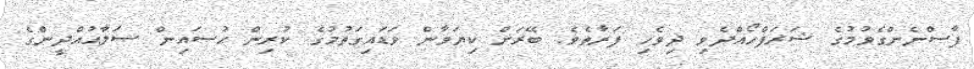
ފާސްނެންގެވުމުގެ ޝަރަފްހޯއްދެވި ދިވެހި ފަރާތެވެ. ބޭރަށް ކިޔަވާން ވަޑައިގަތުމުގެ ކުރިން ޙުސައިން ޞަލާޙުއްދީންގެ